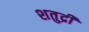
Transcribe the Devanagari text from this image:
शतुद्री